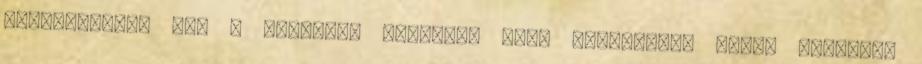
tartalmazzák azt a gyártási sorozat- vagy sorszámot, amely lehetõvé